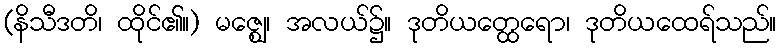
(နိသီဒတိ၊ ထိုင်၏။) မဇ္ဈေ၊ အလယ်၌။ ဒုတိယတ္ထေရော၊ ဒုတိယထေရ်သည်။